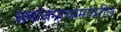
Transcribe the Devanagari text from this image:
समाजमाध्यमांवरील